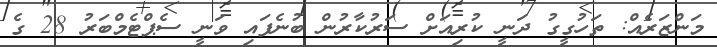
މަންޒަރެއް: ތަހުގީގު ދަނީ ކުރިއަށް ސަރުކާރުން ބުނެފައި ވަނީ ސެޕްޓެމްބަރު 28 ގެ